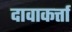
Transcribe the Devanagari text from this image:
दावाकर्त्ता